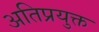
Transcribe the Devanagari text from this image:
अतिप्रयुक्त